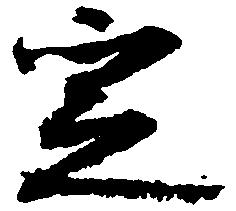
定